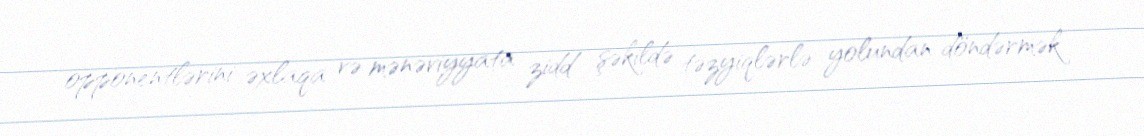
opponentlərini əxlaqa və mənəviyyata zidd şəkildə təzyiqlərlə yolundan döndərmək